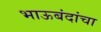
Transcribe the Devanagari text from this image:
भाऊबंदांचा